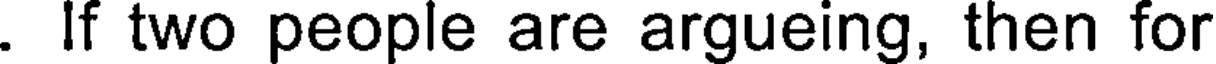
. If two people are argueing, then for